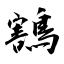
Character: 鶷